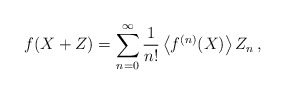
\begin{align*}f(X+Z)= \sum_{n=0}^\infty\frac{1}{n!} \left\langle f^{(n)}(X) \right\rangle Z_n \,,\end{align*}